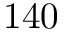
1 4 0